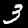
Label: 3